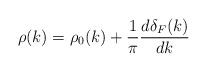
\begin{align*}\rho(k) = \rho_0(k) + \frac{1}{\pi} \frac{d\delta_F(k)}{dk}\end{align*}